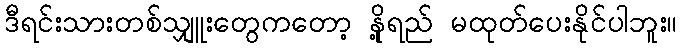
ဒီရင်းသားတစ်သျှူးတွေကတော့ နို့ရည် မထုတ်ပေးနိုင်ပါဘူး။